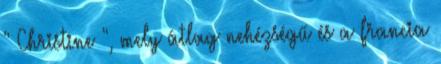
" Christine ", mely átlag nehézségű és a francia